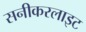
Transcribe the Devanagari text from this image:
सनीकरलाइट